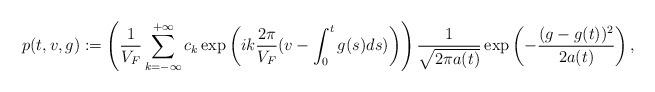
LaTeX: \begin{align*} \begin{aligned}p(t,v,g):=\left(\frac{1}{V_F}\sum_{k=-\infty}^{+\infty}c_k\exp\left(ik\frac{2\pi}{V_F}(v-\int_0^tg_{}(s)ds)\right)\right)\frac{1}{\sqrt{2\pi a(t)}}\exp\left(-\frac{(g-g_{}(t))^2}{2a(t)}\right), \end{aligned}\end{align*}